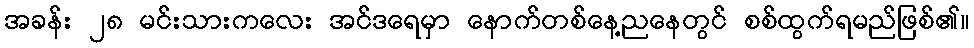
အခန်း ၂၈ မင်းသားကလေး အင်ဒရေမှာ နောက်တစ်နေ့ညနေတွင် စစ်ထွက်ရမည်ဖြစ်၏။